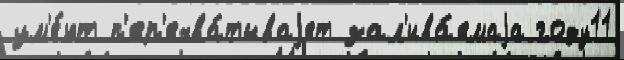
ум'е́ют п'ер'ехва́тываjет зал'ива́емаjа году11